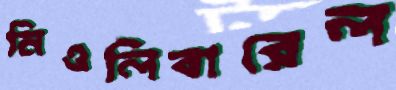
নিওলিবারেল